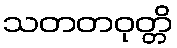
သတတဝုတ္တိ